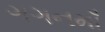
ગગનમાઁ